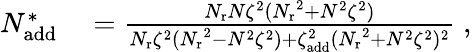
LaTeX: \begin{array}{rl}{N_{\mathrm{add}}^{*}}&{{}=\frac{{N_{\mathrm{r}}}N\zeta^{2}({N_{\mathrm{r}}}^{2}+N^{2}\zeta^{2})}{{N_{\mathrm{r}}}\zeta^{2}({N_{\mathrm{r}}}^{2}-N^{2}\zeta^{2})+\zeta_{\mathrm{add}}^{2}({N_{\mathrm{r}}}^{2}+N^{2}\zeta^{2})^{2}}\; ,}\end{array}